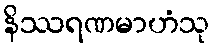
နိဿရဏမာဟံသု